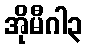
အိုမီဂါ၃